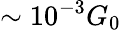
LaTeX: \sim 10^{-3}G_{0}